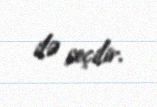
ilə seçilir.